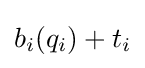
b_{i}(q_{i})+t_{i}